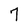
Character: 7